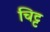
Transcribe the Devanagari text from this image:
चिट्ट